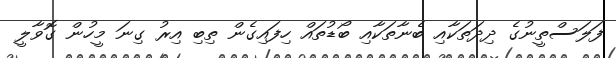
ފަލަސްތީނުގެ ދިދަތަކާއި ބެނާތަކާއި ބޯޑުތައް ހިފައިގެން ތިބި އިރު ގިނަ މީހުން ގޮވާލީ